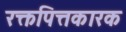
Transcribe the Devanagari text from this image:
रक्तपित्तकारक